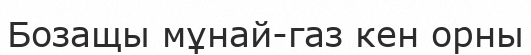
Бозащы мұнай-газ кен орны